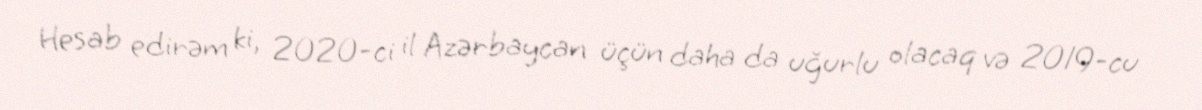
Hesab edirəm ki, 2020-ci il Azərbaycan üçün daha da uğurlu olacaq və 2019-cu